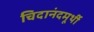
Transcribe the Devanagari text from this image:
चिदानंदमूर्थी